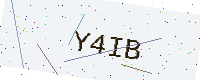
Text: Y4IB